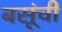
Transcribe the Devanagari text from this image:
बसूंची